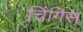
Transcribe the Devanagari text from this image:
चिंगिस